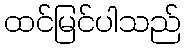
ထင်မြင်ပါသည်